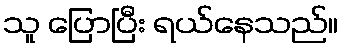
သူ ပြောပြီး ရယ်နေသည်။